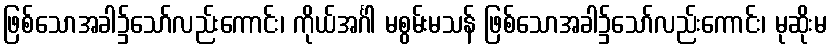
ဖြစ်သောအခါ၌သော်လည်းကောင်း၊ ကိုယ်အင်္ဂါ မစွမ်းမသန် ဖြစ်သောအခါ၌သော်လည်းကောင်း၊ မုဆိုးမ